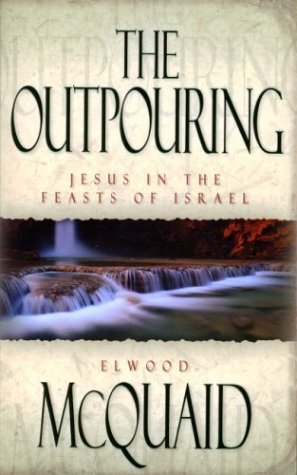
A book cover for The Outpouring: Jesus in the Feasts of Israel; Elwood McQuaid; Religion & Spirituality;